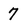
Character: 7